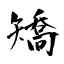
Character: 矯